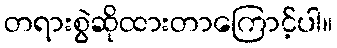
တရားစွဲဆိုထားတာကြောင့်ပါ။